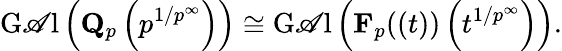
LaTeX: \operatorname{G\mathscr{A}l}\left(\mathbf{{Q}}_{p}\left(p^{1/p^{\infty}}\right)\right)\cong\operatorname{G\mathscr{A}l}\left(\mathbf{{F}}_{p}((t))\left(t^{1/p^{\infty}}\right)\right).